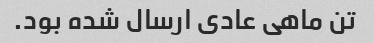
تن ماهی عادی ارسال شده بود.